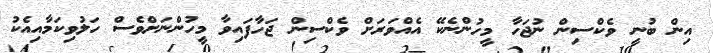
އިން ބުނީ ވެކްސިން ނުޖަހާ މީހުންނެކޭ އެއްވަރަށް ވެކްސިން ޖަހާފައިވާ މީހުންނަށްވެސް ހަލުވިކަމާއިއެކު